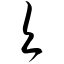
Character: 欠